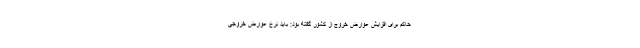
حاکم برای افزایش عوارض خروج از کشور گفته بود: باید نرخ عوارض خروجی